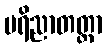
ပရိညာတတ္တာ